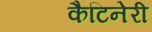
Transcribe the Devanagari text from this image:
कैटिनेरी